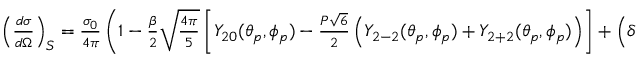
\begin{array} { r l r } { \left( \frac { d \sigma } { d \Omega } \right) _ { S } = \frac { \sigma _ { 0 } } { 4 \pi } \left( 1 - \frac { \beta } { 2 } \sqrt { \frac { 4 \pi } { 5 } } \left[ Y _ { 2 0 } ( \theta _ { p } , \phi _ { p } ) - \frac { P \sqrt { 6 } } { 2 } \left( Y _ { 2 - 2 } ( \theta _ { p } , \phi _ { p } ) + Y _ { 2 + 2 } ( \theta _ { p } , \phi _ { p } ) \right) \right] + \left( \delta + \frac { \gamma } { 5 } \right) \sqrt { \frac { 4 \pi } { 3 } } Y _ { 1 0 } ( \theta _ { p } , \phi _ { p } ) - \right. } \end{array}